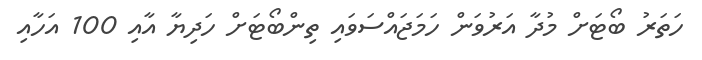
ހަތަރު ބޯޓަށް މުދާ އަރުވަން ހަމަޖައްސަވައި ތިންބޯޓަށް ހަދިޔާ އާއި 100 އަހާއި